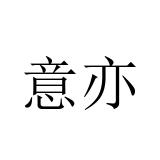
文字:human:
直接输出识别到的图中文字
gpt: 意亦